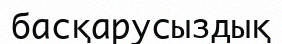
басқарусыздық